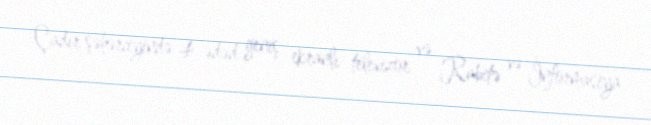
Çadır şəhərciyində 4 ədəd geniş ekranlı televizor və Rabitə və İnformasiya